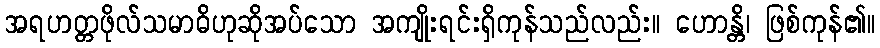
အရဟတ္တဖိုလ်သမာဓိဟုဆိုအပ်သော အကျိုးရင်းရှိကုန်သည်လည်း။ ဟောန္တိ၊ ဖြစ်ကုန်၏။